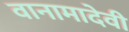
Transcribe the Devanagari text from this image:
वानामादेवी